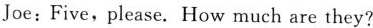
Joe:Five,please.How much are they?